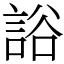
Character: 䛦